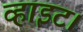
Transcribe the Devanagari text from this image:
व्हाइट।